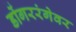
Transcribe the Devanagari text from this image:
डोंगररंगेवर